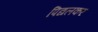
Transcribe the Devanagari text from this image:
पिद्यलकर